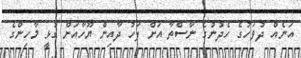
އަނެއް ދުވަހުގެ ހެދުނުގެ ނާސްތާ އަށް ފަހު ދާއިން ޔޫހާއަށް ގުޅީ މާހިންގެ